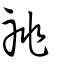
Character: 祧